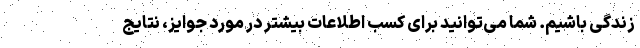
زندگی باشیم. شما می‌توانید برای کسب اطلاعات بیشتر در مورد جوایز، نتایج